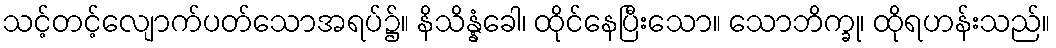
သင့်တင့်လျောက်ပတ်သောအရပ်၌။ နိသိန္နံခေါ၊ ထိုင်နေပြီးသော။ သောဘိက္ခု၊ ထိုရဟန်းသည်။